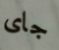
جاى